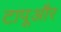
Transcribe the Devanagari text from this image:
टापूऔर